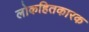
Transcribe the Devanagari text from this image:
लोकहितकारक